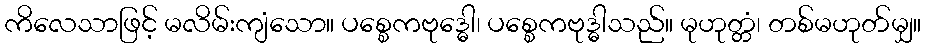
ကိလေသာဖြင့် မလိမ်းကျံသော။ ပစ္စေကဗုဒ္ဓေါ၊ ပစ္စေကဗုဒ္ဓါသည်။ မုဟုတ္တံ၊ တစ်မဟုတ်မျှ။